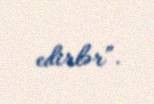
edirlər”.